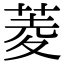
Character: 菱